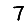
Digit: 7